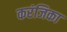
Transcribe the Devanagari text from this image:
करंजिका